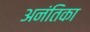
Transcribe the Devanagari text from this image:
अनंतिका